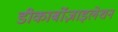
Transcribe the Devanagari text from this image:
डीकार्बोज़ाइलेशन